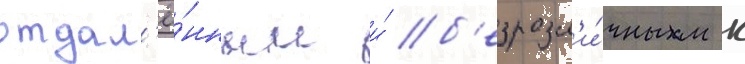
отдал'ё́нным и́ б'езразл'и́чным к